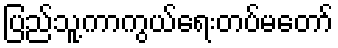
ပြည်သူ့ကာကွယ်ရေးတပ်မတော်